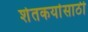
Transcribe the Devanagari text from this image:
शेतकर्यासाठी